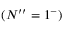
( N ^ { \prime \prime } = 1 ^ { - } )